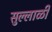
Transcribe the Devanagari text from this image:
सुल्लाळी